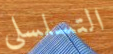
التسلسلي